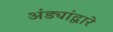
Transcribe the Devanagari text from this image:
अंड्यांद्वारे